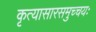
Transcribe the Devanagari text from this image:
कृत्यासारसमुच्चयः